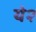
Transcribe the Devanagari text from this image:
ये२